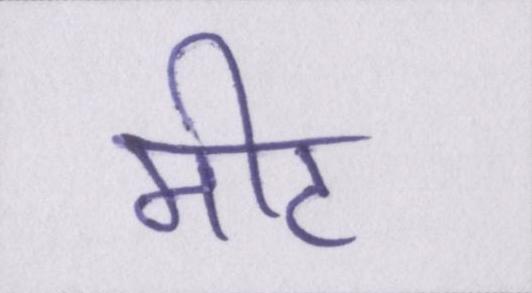
मीट